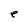
Character: e